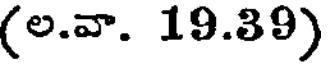
(ల.వా. 19.39)